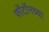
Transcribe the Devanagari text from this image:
फॉटॉनच्या